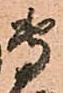
専